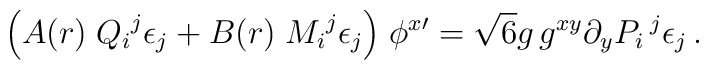
\Big( A(r) \; {Q_i}^j \epsilon_j + B(r) \; {M_i}^j \epsilon_j \Big)\; \phi^{x \prime} =  \sqrt{6} g \, g^{xy}\partial_{y} P_i\,^j \epsilon_j\,.